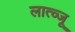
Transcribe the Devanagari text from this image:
लात्व्जू